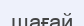
шағай